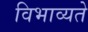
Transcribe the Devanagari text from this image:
विभाव्यते